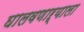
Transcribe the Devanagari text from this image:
घालवणाऱ्याला